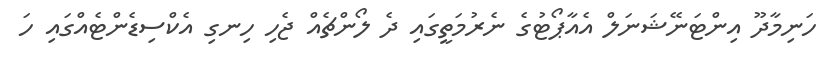
ހަނިމާދޫ އިިންޓަނޭޝަނަލް އެއާޕޯޓުގެ ނެރުމަތީގައި ދެ ލޯންޗެއް ޖެހި ހިނގި އެކްސިޑެންޓެއްގައި ހަ